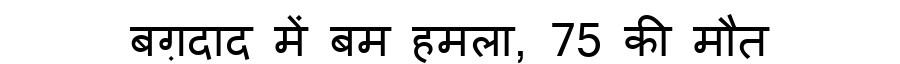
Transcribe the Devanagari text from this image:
बग़दाद में बम हमला, 75 की मौत